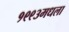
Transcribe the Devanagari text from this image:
१९९३मधला